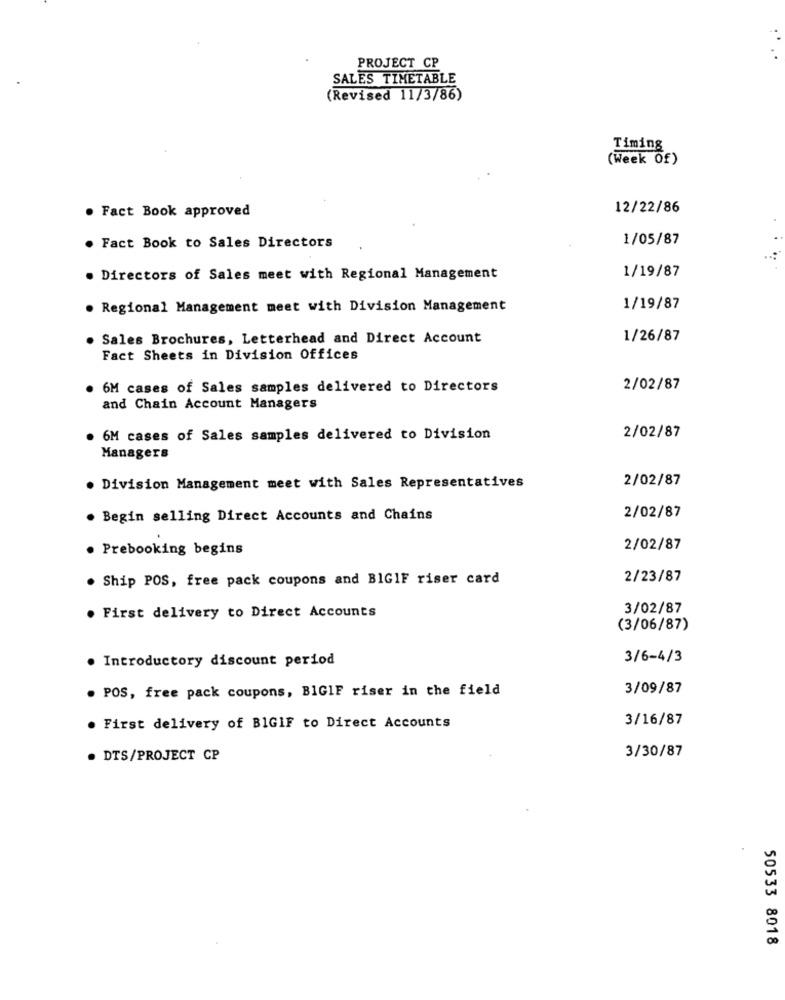
PROJECT CP
SALES TIMETABLE
(Revised 11/3/86)
Timing
(Week Of)
. Fact Book approved
12/22/86
1/05/87
. Fact Book to Sales Directors
1/19/87
. Directors of Sales meet with Regional Management
. Regional Management meet with Division Management
1/19/87
. Sales Brochures, Letterhead and Direct Account
1/26/87
Fact Sheets in Division Offices
. 6M cases of Sales samples delivered to Directors
2/02/87
and Chain Account Managers
. 6M cases of Sales samples delivered to Division
2/02/87
Managers
2/02/87
. Division Management meet with Sales Representatives
. Begin selling Direct Accounts and Chains
2/02/87
. Prebooking begins
2/02/87
. Ship POS, free pack coupons and BIGIF riser card
2/23/87
3/02/87
First delivery to Direct Accounts
(3/06/87)
Introductory discount period
3/6-4/3
. POS, free pack coupons, BIGIF riser in the field
3/09/87
3/16/87
. First delivery of BIGIF to Direct Accounts
. DTS/PROJECT CP
3/30/87
50533 8018